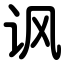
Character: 讽